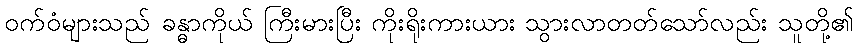
ဝက်ဝံများသည် ခန္ဓာကိုယ် ကြီးမားပြီး ကိုးရိုးကားယား သွားလာတတ်သော်လည်း သူတို့၏